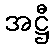
အဋ္ဌီ